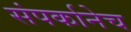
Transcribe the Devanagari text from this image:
संपर्कानेच